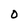
Character: O